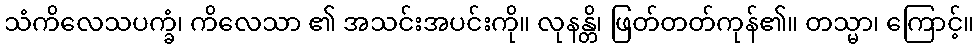
သံကိလေသပက္ခံ၊ ကိလေသာ ၏ အသင်းအပင်းကို။ လုနန္တိ၊ ဖြတ်တတ်ကုန်၏။ တသ္မာ၊ ကြောင့်။